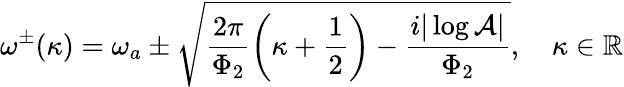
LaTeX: \omega^{\pm}(\kappa)=\omega_{a}\pm\sqrt{\frac{2\pi}{\Phi_{2}}\left(\kappa+\frac{1}{2}\right)-\frac{i|\log\mathcal{A}|}{\Phi_{2}}},\quad\kappa\in\mathbb{R}